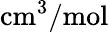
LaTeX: \mathrm{cm^{3}/mol}